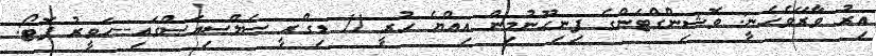
އިރު ވާރޭވެހެނީ: ވޮޝިންގްޓަންގެ ފިނިހޫނުމިން އިއްޔެ ހުރީ 11 ޑިގްރީ ސެލްސިއަސްގައި--ހަވީރު ފޮޓޯ: